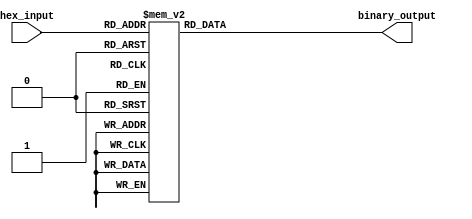
module hex_to_bin_encoder (
    input  wire [3:0] hex_input,    // 4-bit hexadecimal input
    output reg  [3:0] binary_output   // 4-bit binary output
);

// Combinational logic to convert hex_input to binary_output
always @(*) begin
    case (hex_input)
        4'b0000: binary_output = 4'b0000; // 0
        4'b0001: binary_output = 4'b0001; // 1
        4'b0010: binary_output = 4'b0010; // 2
        4'b0011: binary_output = 4'b0011; // 3
        4'b0100: binary_output = 4'b0100; // 4
        4'b0101: binary_output = 4'b0101; // 5
        4'b0110: binary_output = 4'b0110; // 6
        4'b0111: binary_output = 4'b0111; // 7
        4'b1000: binary_output = 4'b1000; // 8
        4'b1001: binary_output = 4'b1001; // 9
        4'b1010: binary_output = 4'b1010; // A (10)
        4'b1011: binary_output = 4'b1011; // B (11)
        4'b1100: binary_output = 4'b1100; // C (12)
        4'b1101: binary_output = 4'b1101; // D (13)
        4'b1110: binary_output = 4'b1110; // E (14)
        4'b1111: binary_output = 4'b1111; // F (15)
        default: binary_output = 4'b0000; // Invalid input, default to 0
    endcase
end

endmodule